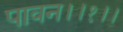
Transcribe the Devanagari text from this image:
पावन।।१।।